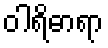
ဝါရိဓာရာ